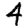
Digit: 4